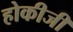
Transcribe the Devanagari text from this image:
होकीजी